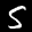
Label: 5